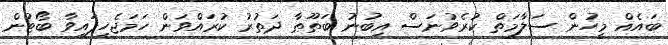
ބައެއް މީހުން ސަލާމަތް ކުރެވުނަސް އިބުނު ބަޠޫޠާ ދަތުރު ކުރައްވަން ހަމަޖެހިފައިވާ ބޯޓުން